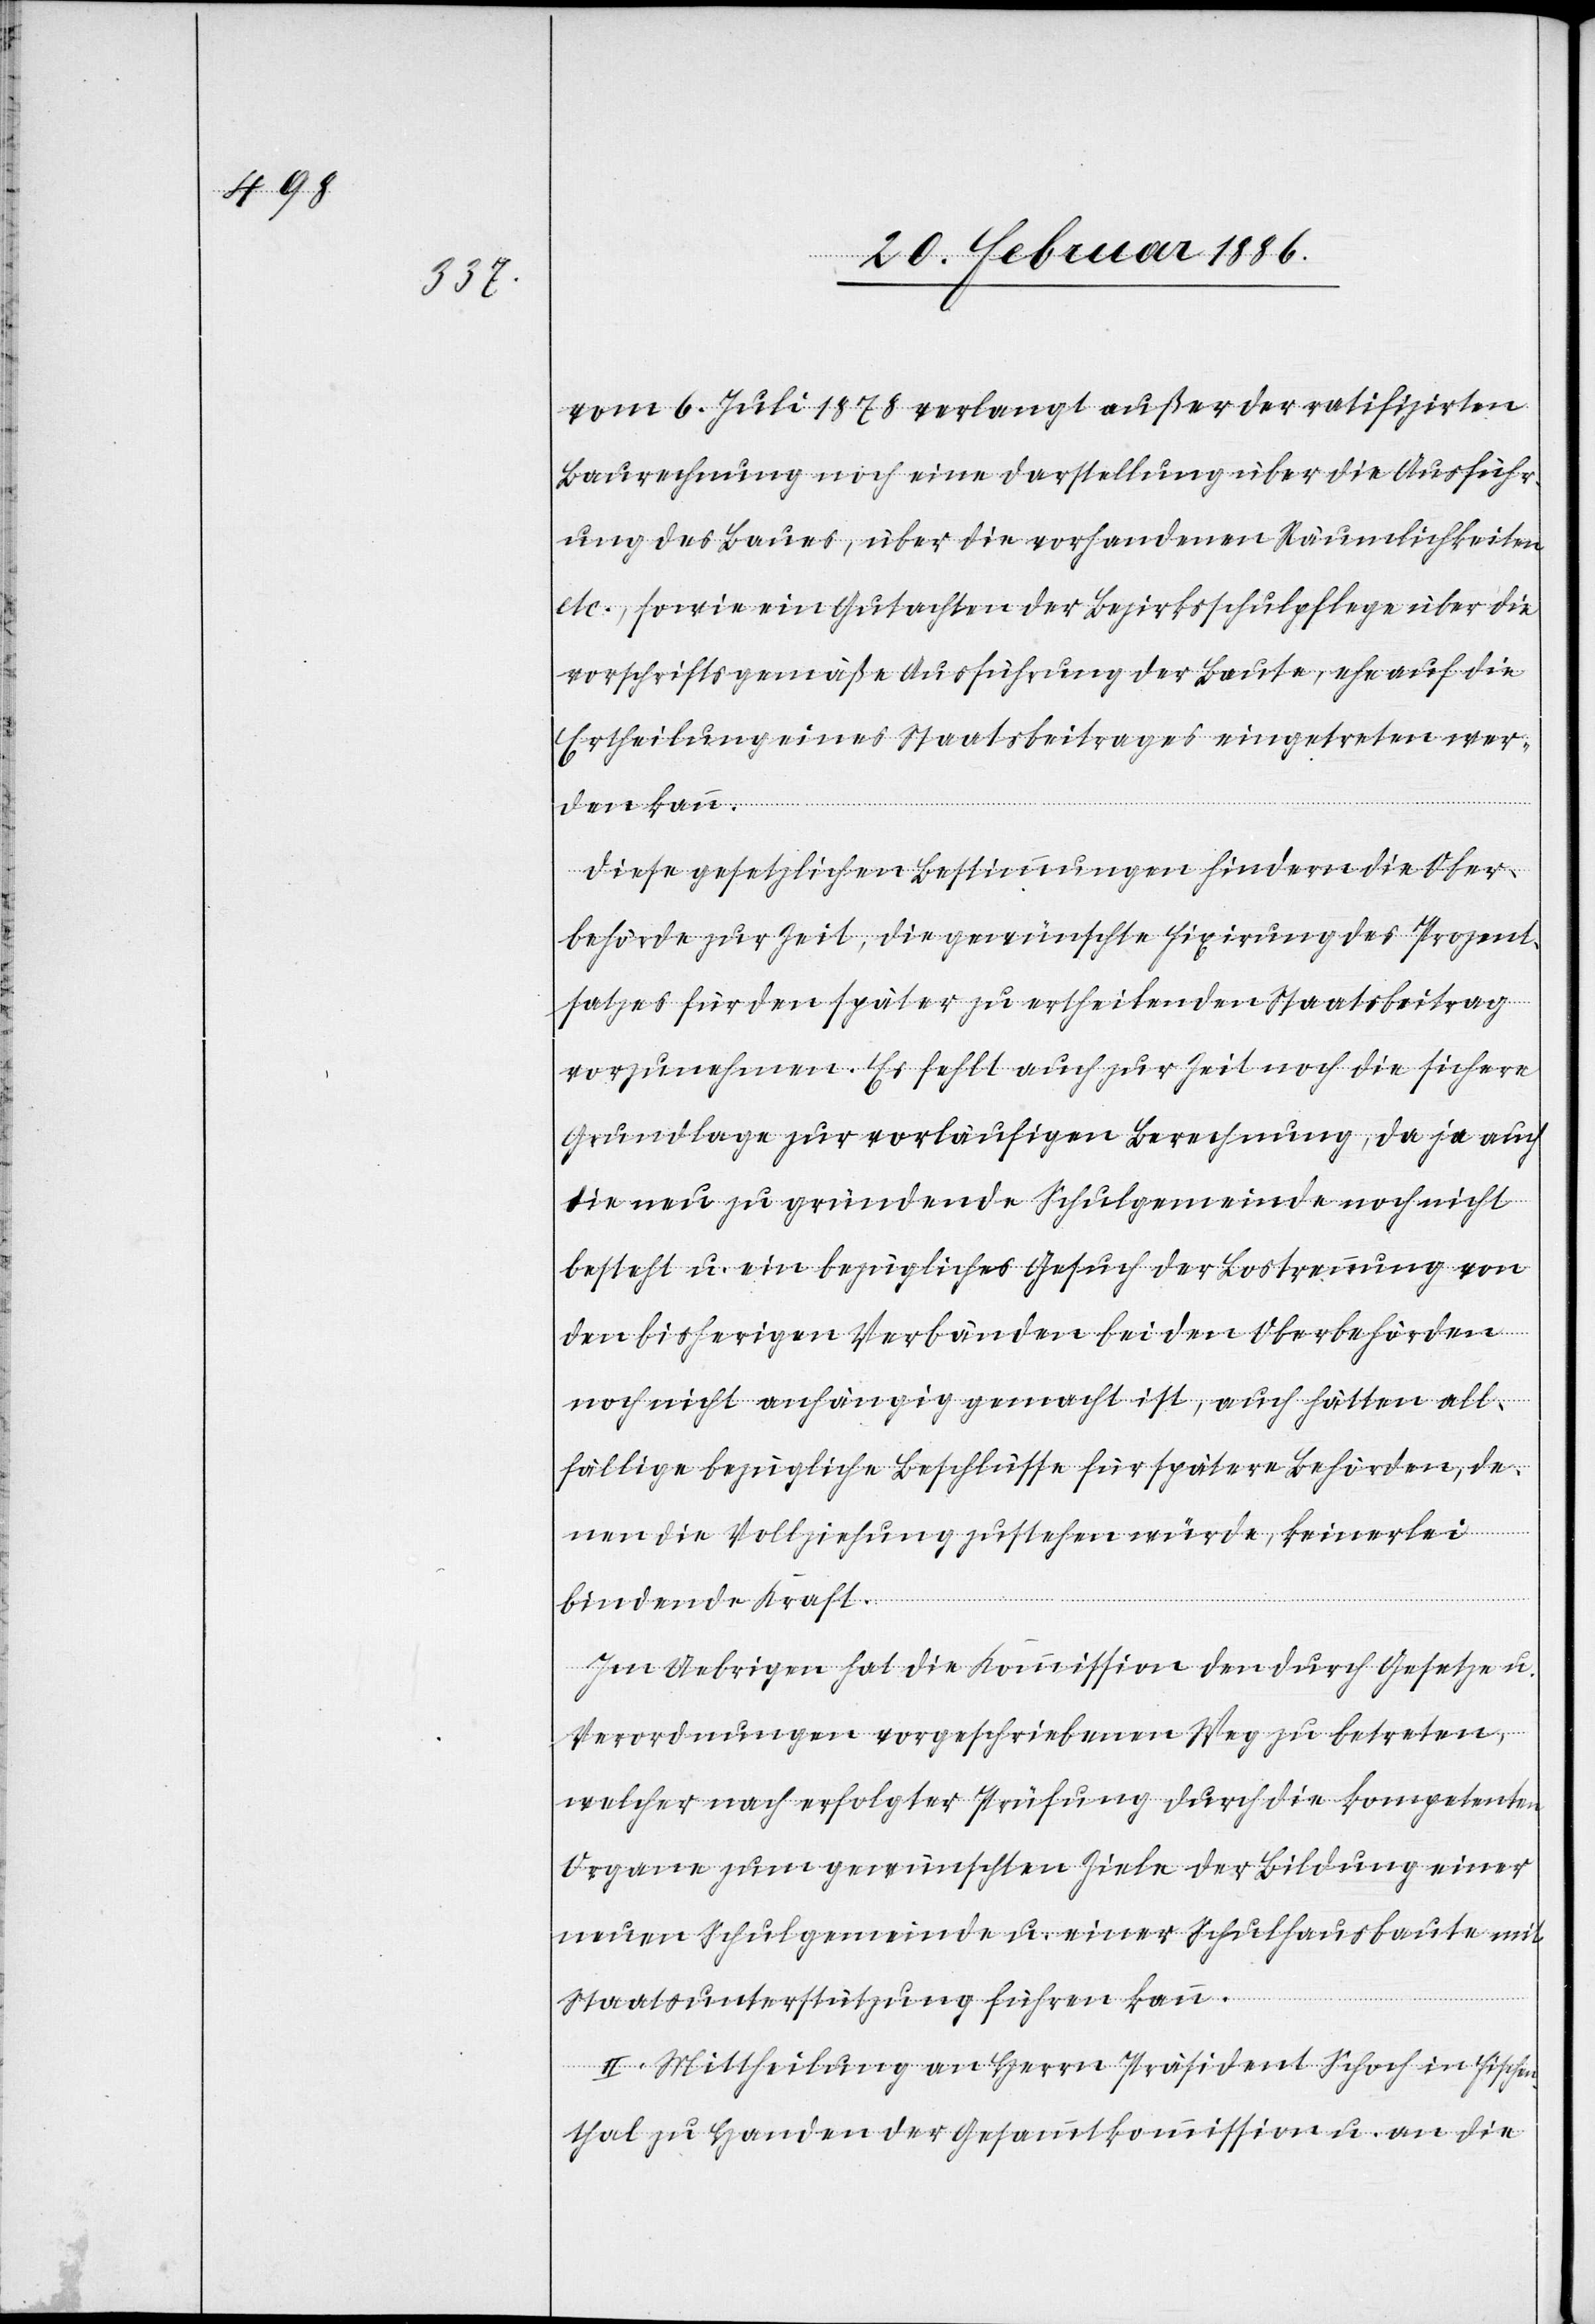
vom 6. Juli 1878 verlangt außer der ratifizirten
Baurechnung noch eine Darstellung über die Ausführ¬
ung des Baues, über die vorhandenen Räumlichkeiten
etc., sowie ein Gutachten der Bezirksschulpflege über die
vorschriftsgemäße Ausführung der Baute, ehe auf die
Ertheilung eines Staatsbeitrages eingetreten wer¬
den kann.
Diese gesetzlichen Bestimmungen hindern die Ober¬
behörde zur Zeit, die gewünschte Fixierung des Prozent¬
satzes für den später zu ertheilenden Staatsbeitrag
vorzunehmen. Es fehlt auch zur Zeit noch die sichere
Grundlage zur vorläufigen Berechnung, da ja auch
die neu zu gründende Schulgemeinde noch nicht
besteht u. ein bezügliches Gesuch der Lostrennung von
den bisherigen Verbänden bei den Oberbehörden
noch nicht anhängig gemacht ist, auch hätten all¬
fällige bezügliche Beschlüsse für spätere Behörden, de¬
nen die Vollziehung zustehen würde, keinerlei
bindende Kraft.
Im Uebrigen hat die Kommission den durch Gesetze u.
Verordnungen vorgeschriebenen Weg zu betreten,
welcher nach erfolgter Prüfung durch die kompetenten
Organe zum gewünschten Ziel der Bildung einer
neuen Schulgemeinde u. einer Schulhausbaute mit
Staatsunterstützung führen kann.
II. Mittheilung an Herrn Präsident Schoch in Fischen¬
thal zu Handen der Gesamtkommission u. an die